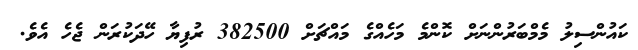
ކައުންސިލު މެމްބަރުންނަށް ކޮންމެ މަހެއްގެ މައްޗަށް 382500 ރުފިޔާ ހޭދަކުރަން ޖެހެ އެވެ.